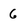
Character: 6